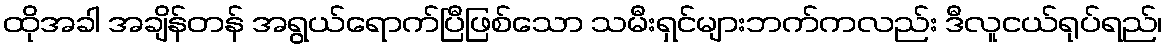
ထိုအခါ အချိန်တန် အရွယ်ရောက်ပြီဖြစ်သော သမီးရှင်များဘက်ကလည်း ဒီလူငယ်ရုပ်ရည်၊